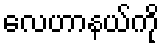
လေဟာနယ်ကို